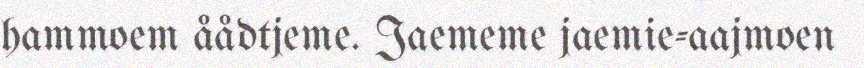
hammoem åådtjeme. Jaememe jaemie-aajmoen